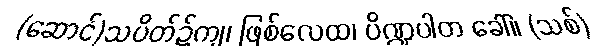
(ဆောင်)သပိတ်၌ကျ၊ ဖြစ်လေထ၊ ပိဏ္ဍပါတ ခေါ်။ (သစ်)